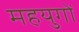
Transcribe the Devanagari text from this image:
महयुगों